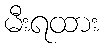
မီးရထား